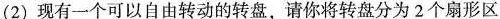
(2)现有一个可以自由转动的转盘，请你将转盘分为2个扇形区